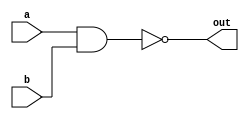
`timescale 1ns/10ps

module nand_gate(a,b,out);
    input a, b;
    output out;
    assign out = ~(a & b);
endmodule